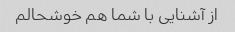
از آشنایی با شما هم خوشحالم